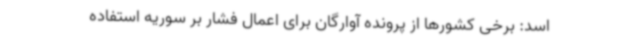
اسد: برخی کشورها از پرونده آوارگان برای اعمال فشار بر سوریه استفاده